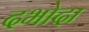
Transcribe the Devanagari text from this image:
दभोदा